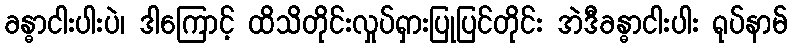
ခန္ဓာငါးပါးပဲ၊ ဒါကြောင့် ထိသိတိုင်းလှုပ်ရှားပြုပြင်တိုင်း အဲဒီခန္ဓာငါးပါး ရုပ်နာမ်